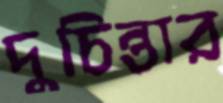
দুচিন্তার